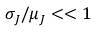
\sigma _ { J } / \mu _ { J } < < 1